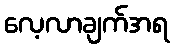
လေ့လာချက်အရ